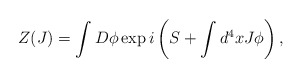
\begin{align*}Z(J)= \int D\phi \exp i \left(S+ \int d^4 x J \phi\right), \end{align*}